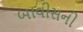
બાવીસની